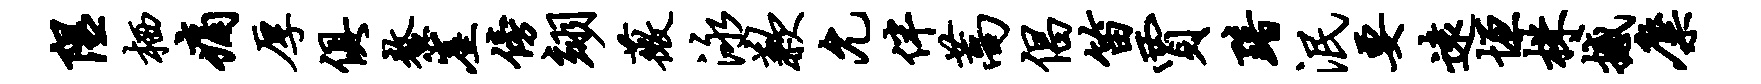
隰栖痛厚俱鳌崖傍翊薇泳歉允伴蒿倡笛贾黯泯要远垣株撼麋